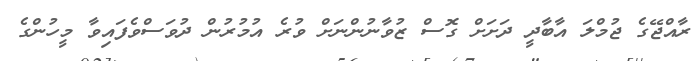
ރާއްޖޭގެ ޖުމްލަ އާބާދީ ދަށަށް ގޮސް ޒުވާނުންނަށް ވުރެ އުމުރުން ދުވަސްވެފައިވާ މީހުންގެ